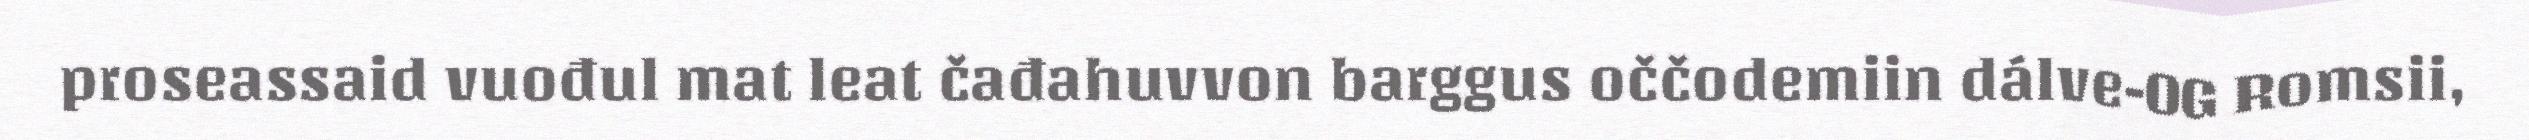
proseassaid vuođul mat leat čađahuvvon barggus oččodemiin dálve-OG Romsii,